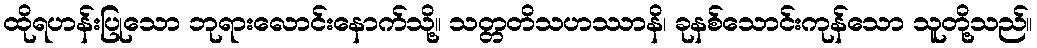
ထိုရဟန်းပြုသော ဘုရားလောင်းနောက်သို့။ သတ္တတိသဟဿာနိ၊ ခုနစ်သောင်းကုန်သော သူတို့သည်။